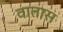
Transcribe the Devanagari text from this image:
वातास